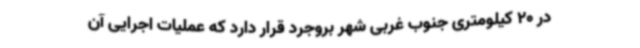
در 20 کیلومتری جنوب غربی شهر بروجرد قرار دارد که عملیات اجرایی آن